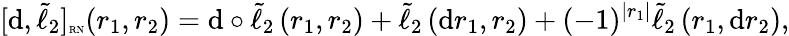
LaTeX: [\mathrm{d},\tilde{\ell}_{2}]_{\mathrm{\tiny{RN}}}(r_{1},r_{2})=\mathrm{d}\circ\tilde{\ell}_{2}\left(r_{1},r_{2}\right)+\tilde{\ell}_{2}\left(\mathrm{d}r_{1},r_{2}\right)+(-1)^{\lvert r_{1}\rvert}\tilde{\ell}_{2}\left(r_{1},\mathrm{d}r_{2}\right),